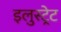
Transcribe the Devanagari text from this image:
इलुस्ट्रेट